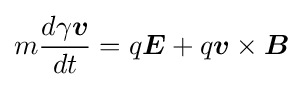
m{\frac {d\gamma {\boldsymbol {v}}}{dt}}=q{\boldsymbol {E}}+q{\boldsymbol {v}}\times {\boldsymbol {B}}